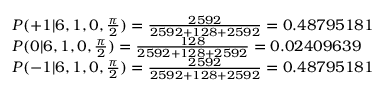
\begin{array} { l l } { P ( + 1 | 6 , 1 , 0 , \frac { \pi } { 2 } ) = \frac { 2 5 9 2 } { 2 5 9 2 + 1 2 8 + 2 5 9 2 } = 0 . 4 8 7 9 5 1 8 1 } \\ { P ( 0 | 6 , 1 , 0 , \frac { \pi } { 2 } ) = \frac { 1 2 8 } { 2 5 9 2 + 1 2 8 + 2 5 9 2 } = 0 . 0 2 4 0 9 6 3 9 } \\ { P ( - 1 | 6 , 1 , 0 , \frac { \pi } { 2 } ) = \frac { 2 5 9 2 } { 2 5 9 2 + 1 2 8 + 2 5 9 2 } = 0 . 4 8 7 9 5 1 8 1 } \end{array}